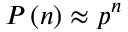
P \left( n \right) \approx { p ^ { n } }